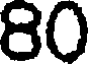
80